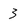
Character: 3